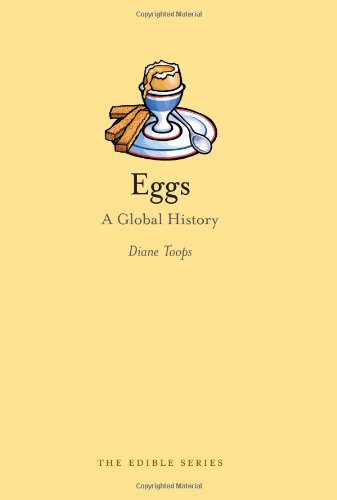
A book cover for Eggs: A Global History (Reaktion Books - Edible); Diane Toops; Cookbooks, Food & Wine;